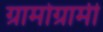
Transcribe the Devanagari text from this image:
ग्रामोग्रामी